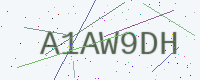
Text: A1AW9DH